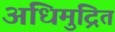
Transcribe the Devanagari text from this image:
अधिमुद्रित